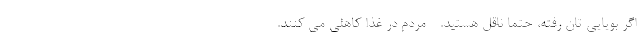
اگر بویایی تان رفته، حتماً ناقل هستید. - مردم در غذا کاهلی می کنند.